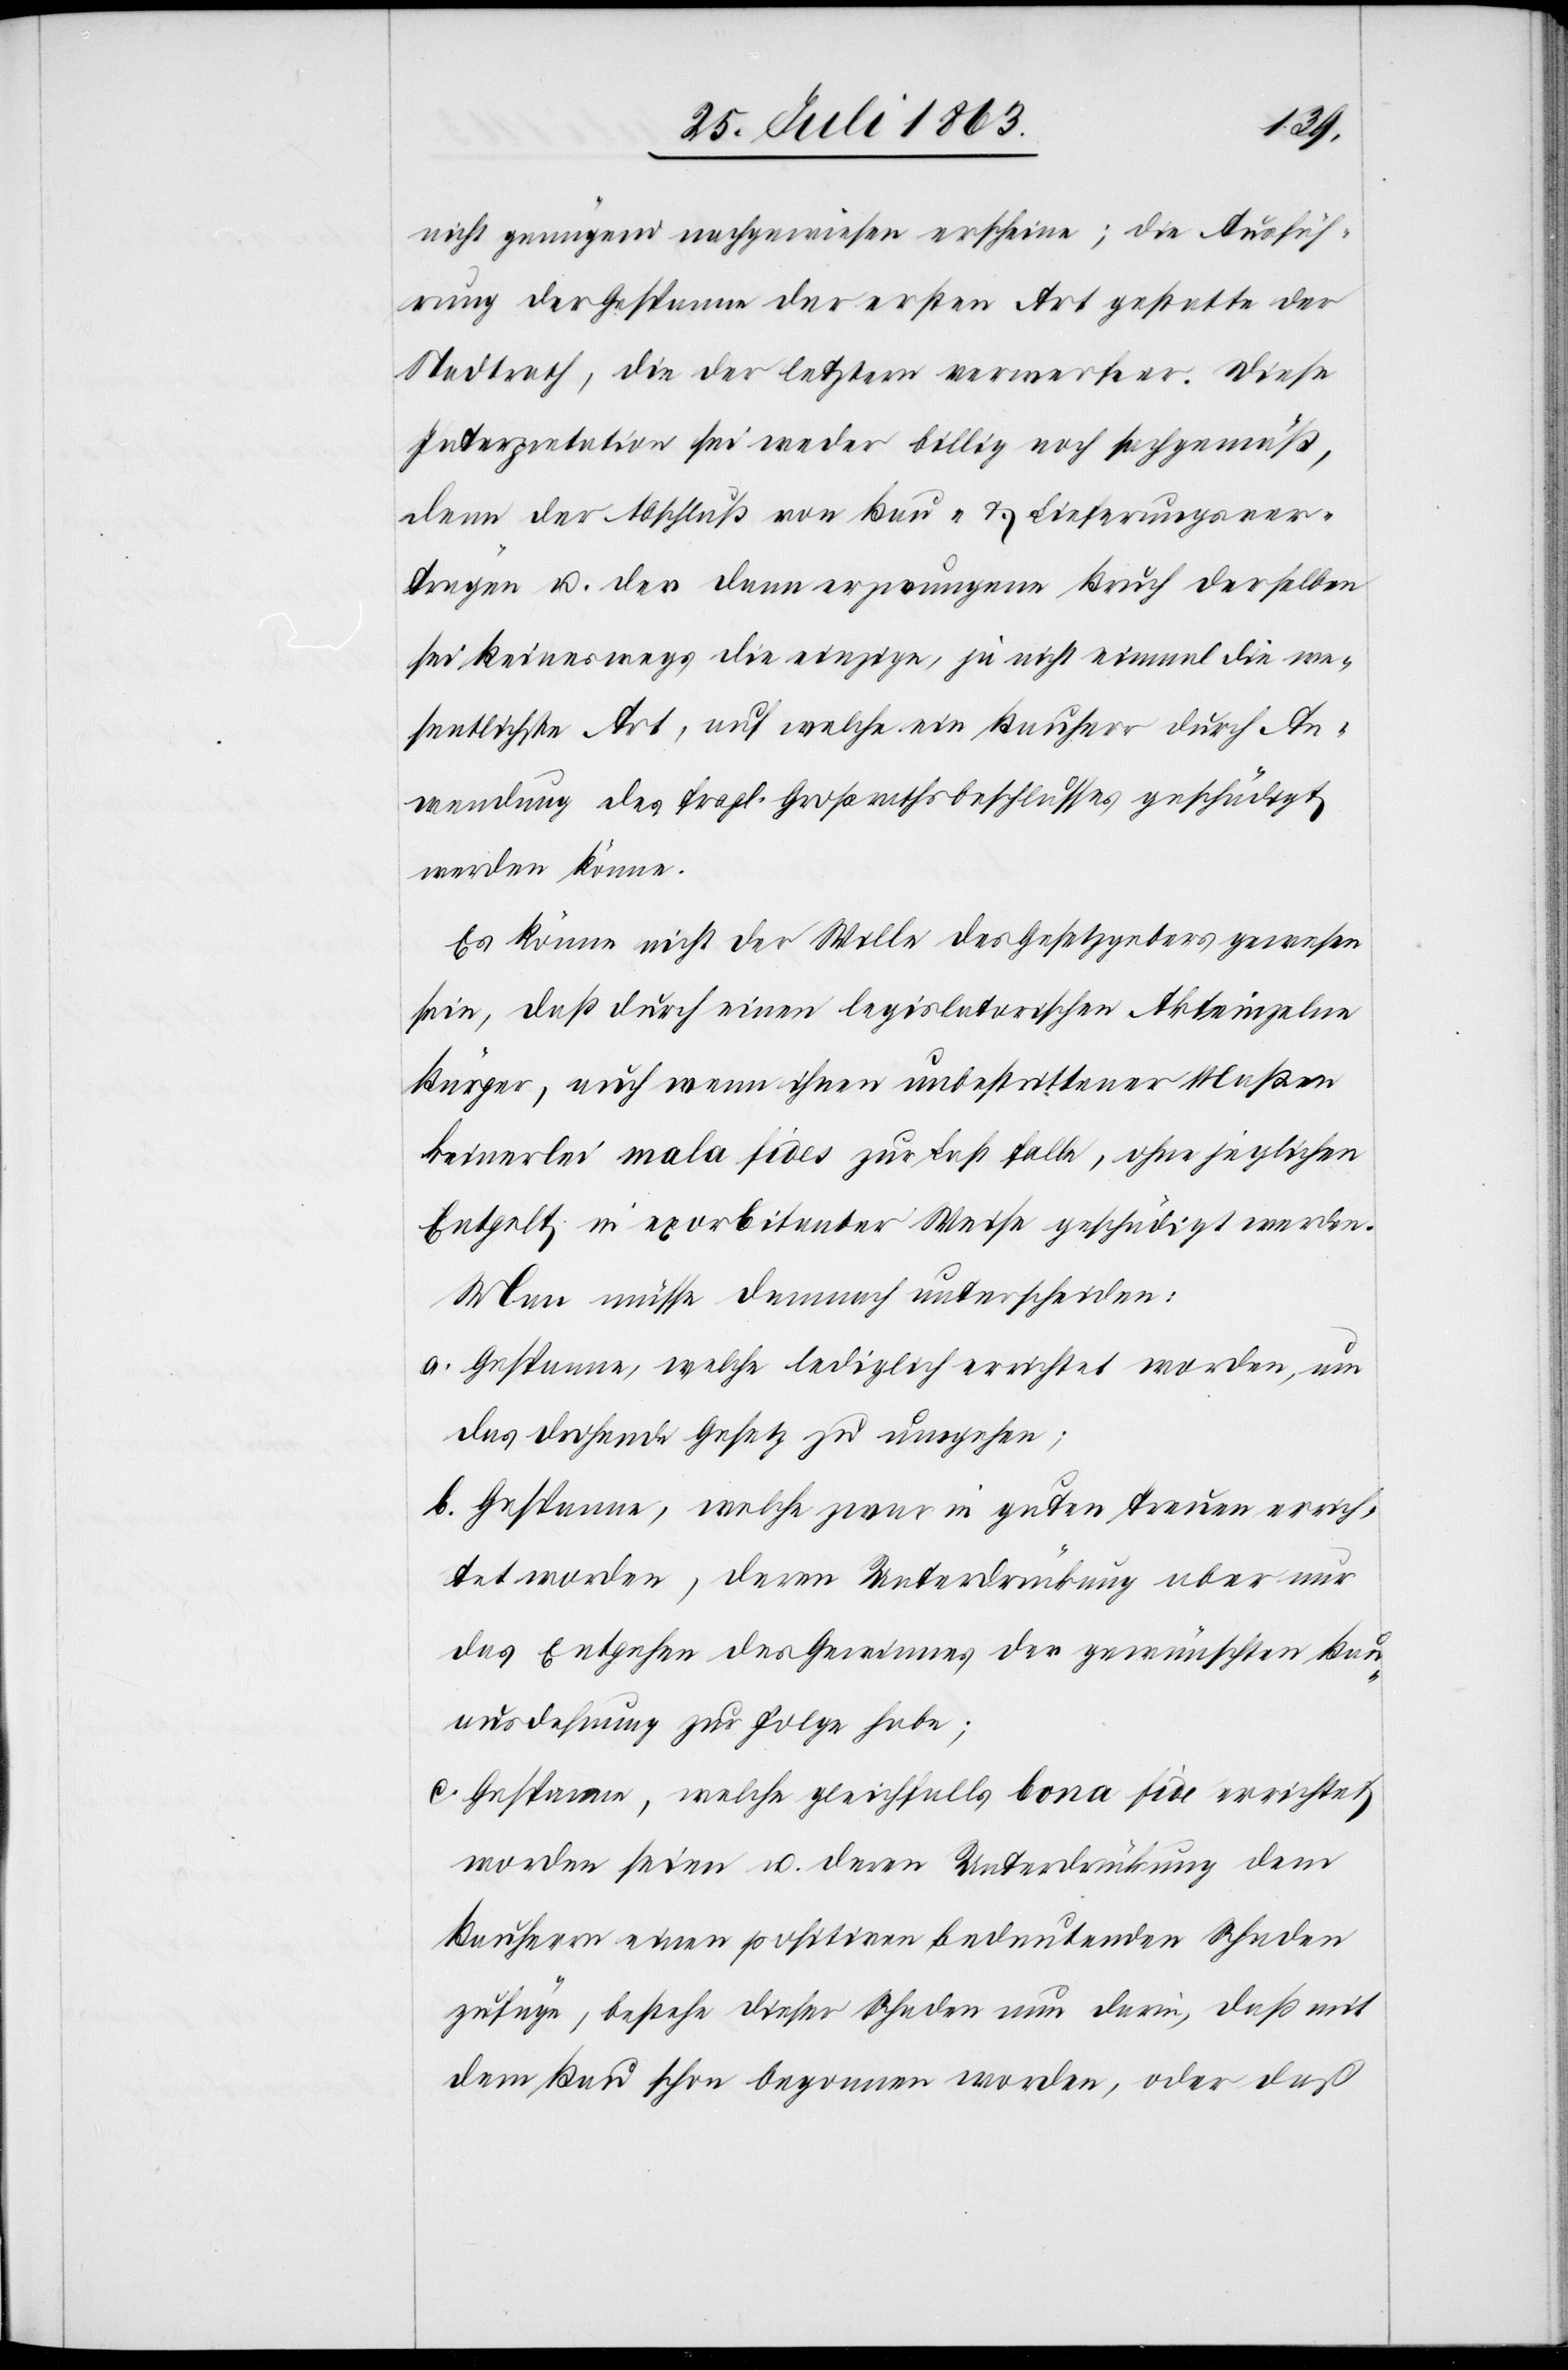
nicht genügend nachgewiesen erscheine; die Ausfüh¬
rung der Gespanne der ersten Art gestatte der
Stadtrath, die der letztern verwerfe er. Diese
Interpretation sei weder billig noch sachgemäß,
denn der Abschluß von Bau- & Lieferungsver¬
trägen u. der dann erzwungene Bruch derselben
sei keineswegs die einzige, ja nicht einmal die we¬
sentlichste Art, auf welche ein Bauherr durch An¬
wendung des fragl. Großrathsbeschlusses geschädigt
werden könne.
Es könne nicht der Wille des Gesetzgebers gewesen
sein, daß durch einen legislatorischen Akt einzelne
Bürger, auch wenn ihnen unbestrittener Maßen
keinerlei mala fides zur Last falle, ohne jeglichen
Entgelt in exorbitanter Weise geschädigt werden.
Man müsse demnach unterscheiden:
a. Gespanne, welche lediglich errichtet worden, um
das drohende Gesetz zu umgehen;
b. Gespanne, welche zwar in guten Treuen errich¬
tet worden, deren Unterdrückung aber nur
das Entgehen des Gewinnes der gewünschten Bau¬
ausdehnung zur Folge habe;
c. Gespanne, welche gleichfalls bona fide errichtet
worden seien u. deren Unterdrückung dem
Bauherrn einen positiven bedeutenden Schaden
zufüge, bestehe dieser Schaden nun darin, daß mit
dem Bau schon begonnen worden, oder daß